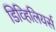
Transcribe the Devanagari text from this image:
डिव्हिलियर्स